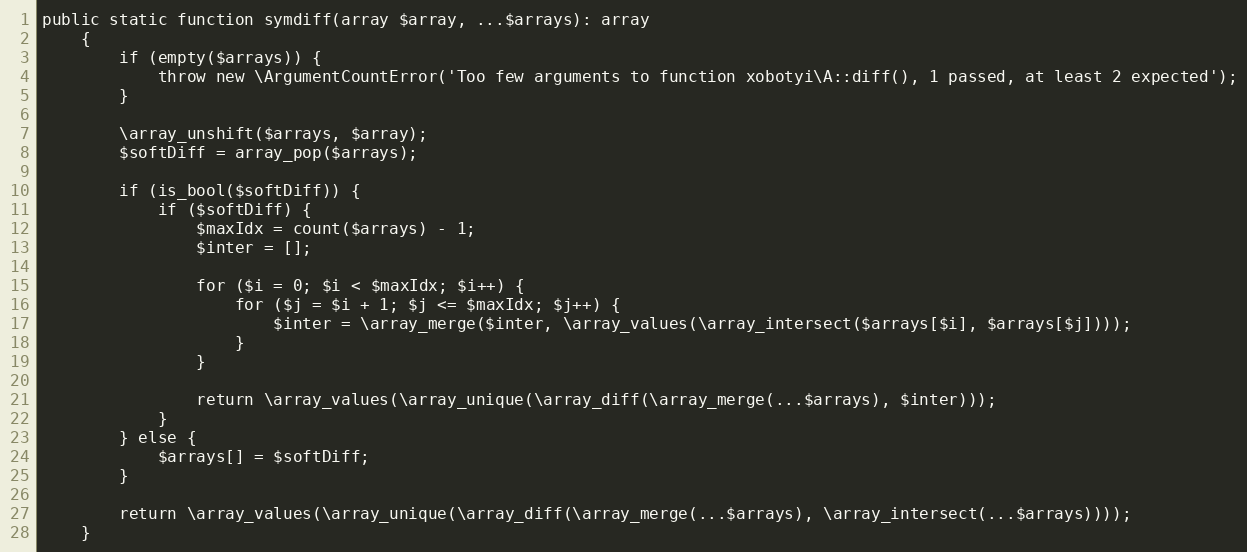
Language: PHP
public static function symdiff(array $array, ...$arrays): array
    {
        if (empty($arrays)) {
            throw new \ArgumentCountError('Too few arguments to function xobotyi\A::diff(), 1 passed, at least 2 expected');
        }

        \array_unshift($arrays, $array);
        $softDiff = array_pop($arrays);

        if (is_bool($softDiff)) {
            if ($softDiff) {
                $maxIdx = count($arrays) - 1;
                $inter = [];

                for ($i = 0; $i < $maxIdx; $i++) {
                    for ($j = $i + 1; $j <= $maxIdx; $j++) {
                        $inter = \array_merge($inter, \array_values(\array_intersect($arrays[$i], $arrays[$j])));
                    }
                }

                return \array_values(\array_unique(\array_diff(\array_merge(...$arrays), $inter)));
            }
        } else {
            $arrays[] = $softDiff;
        }

        return \array_values(\array_unique(\array_diff(\array_merge(...$arrays), \array_intersect(...$arrays))));
    }